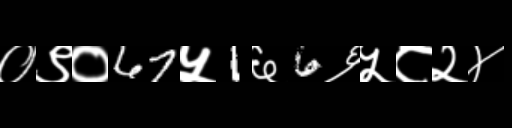
Text: ०९०67५1६6६५८२४